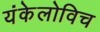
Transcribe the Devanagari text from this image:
यंकेलोविच